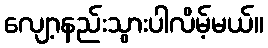
လျော့နည်းသွားပါလိမ့်မယ်။